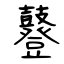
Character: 鼟